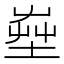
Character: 𡴠